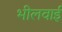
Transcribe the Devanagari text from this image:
भीलवाई